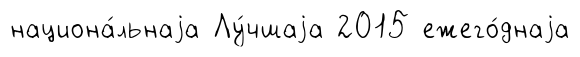
национа́льнаjа Лу́чшаjа 2015 ежего́днаjа